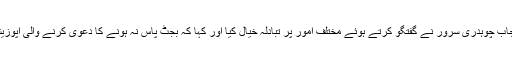
اس موقع پر گورنر پنجاب چوہدری سرور نے گفتگو کرتے ہوئے مختلف امور پر تبادلۂ خیال کیا اور کہا کہ بجٹ پاس نہ ہونے کا دعویٰ کرنے والی اپوزیشن جماعتیں کہاں ہیں؟